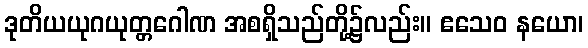
ဒုတိယယုဂယုတ္တဂေါဏ အစရှိသည်တို့၌လည်း။ ဧသေဝ နယော၊